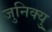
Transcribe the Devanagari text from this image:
जुनिक्यु